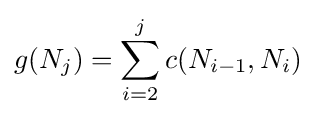
g(N_{j})=\sum _{i=2}^{j}c(N_{i-1},N_{i})